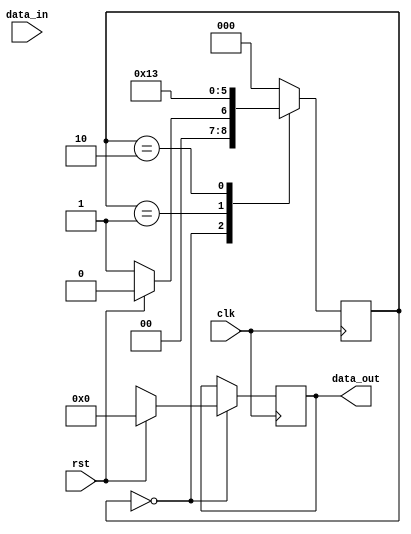
module SPI_Controller (
  input wire clk,
  input wire rst,
  input wire [7:0] data_in,
  output reg [7:0] data_out
);

// Timing control unit for generating clock signals
reg clk_out;

always @(posedge clk) begin
  if (rst == 1'b1) begin
    clk_out <= 1'b0;
  end else begin
    clk_out <= ~clk_out;
  end
end

// Synchronization block 
reg [7:0] data_buffer;
reg [2:0] state;

always @(posedge clk) begin
  case (state)
    3'b000: begin // Idle state
      if (rst) begin
        state <= 3'b000;
        data_out <= 8'h00;
      end else begin
        state <= 3'b001; // Start transmission
        data_out <= data_buffer;
      end
    end
    3'b001: begin // Transmit state
      state <= 3'b010; // End transmission
    end
    3'b010: begin // Wait state
      state <= 3'b011; // Start reception
    end
    3'b011: begin // Receive state
      state <= 3'b000; // End reception
    end
    default: state <= 3'b000; // Return to idle state
  endcase
end

endmodule